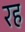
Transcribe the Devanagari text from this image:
रह॓